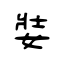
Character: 娤